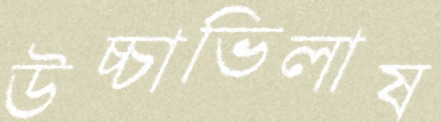
উচ্চাভিলাষ